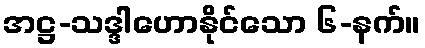
အဋ္ဌ-သဒ္ဒါဟောနိုင်သော ၆-နက်။